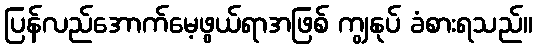
ပြန်လည်အောက်မေ့ဖွယ်ရာအဖြစ် ကျွနုပ် ခံစားရသည်။